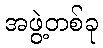
အဖွဲ့တစ်ခု